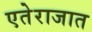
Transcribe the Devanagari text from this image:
एतेराजात